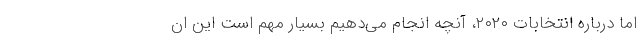
اما درباره انتخابات ۲۰۲۰، آنچه انجام می‌دهیم بسیار مهم است این ان